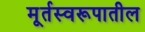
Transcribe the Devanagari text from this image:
मूर्तस्वरूपातील